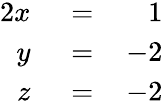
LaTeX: \begin{array}{rlr}{{2}x}&{{}\, =\, }&{1}\\ {y}&{{}\, =\, }&{-2}\\ {z}&{{}\, =\, }&{-2}\end{array}